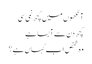
آنکھوں میں کچھ نمی سی
کچھ دن سے آبسا ہے
وہ شخص اب کہاں ہے؟